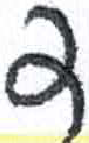
אות: ה